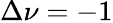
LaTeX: \Delta\nu=-1